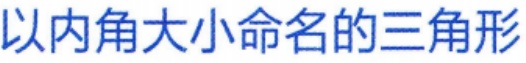
以内角大小命名的三角形